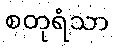
စတုရံသာ